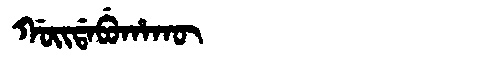
Manchu: ᡤᠣᡳᡩᠠᠪᡠᡥᠠᡴᡡ
Romanization: GOIDABUHAKŪ